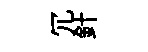
冗針